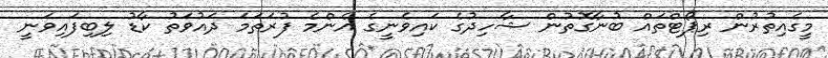
މީގެއިތުރުން ރިޕޯޓްތައް ބުނާގޮތުން ޝާހިދުގެ ކައިވެނީގެ އެންމެ ފުރަތަމަ ދައުވަތު ކާޑު ލިބިފައިވަނީ